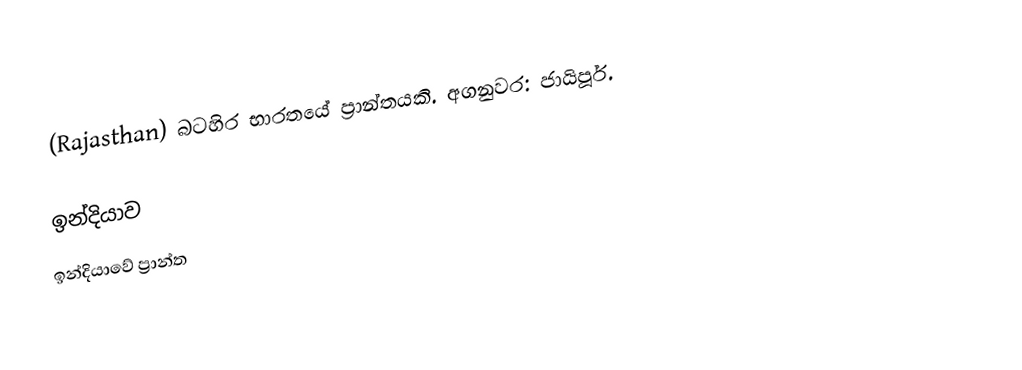
(Rajasthan) බටහිර භාරතයේ ප්‍රාන්තයකි. අගනුවර: ජායිපූර්.

ඉන්දියාව
ඉන්දියාවේ ප්‍රාන්ත